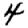
Digit: 4